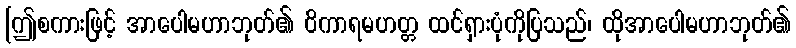
[ဤစကားဖြင့် အာပေါမဟာဘုတ်၏ ဝိကာရမဟတ္တ ထင်ရှားပုံကိုပြသည်၊ ထိုအာပေါမဟာဘုတ်၏